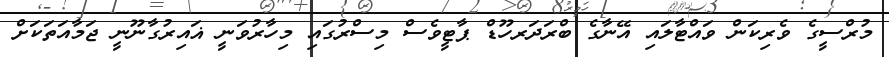
މުރްސީގެ ވެރިކަން ވައްޓާލައި އޭނާގެ ބްރަދަރހޫޑް ޕާޓީވެސް މިސްރުގައި މިހާރުވަނީ ޣައިރުގާނޫނީ ޖަމާއަތަކަށް